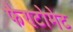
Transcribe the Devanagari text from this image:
फैण्टोमेट